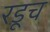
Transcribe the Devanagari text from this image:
रडूच